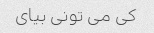
کی می تونی بیای